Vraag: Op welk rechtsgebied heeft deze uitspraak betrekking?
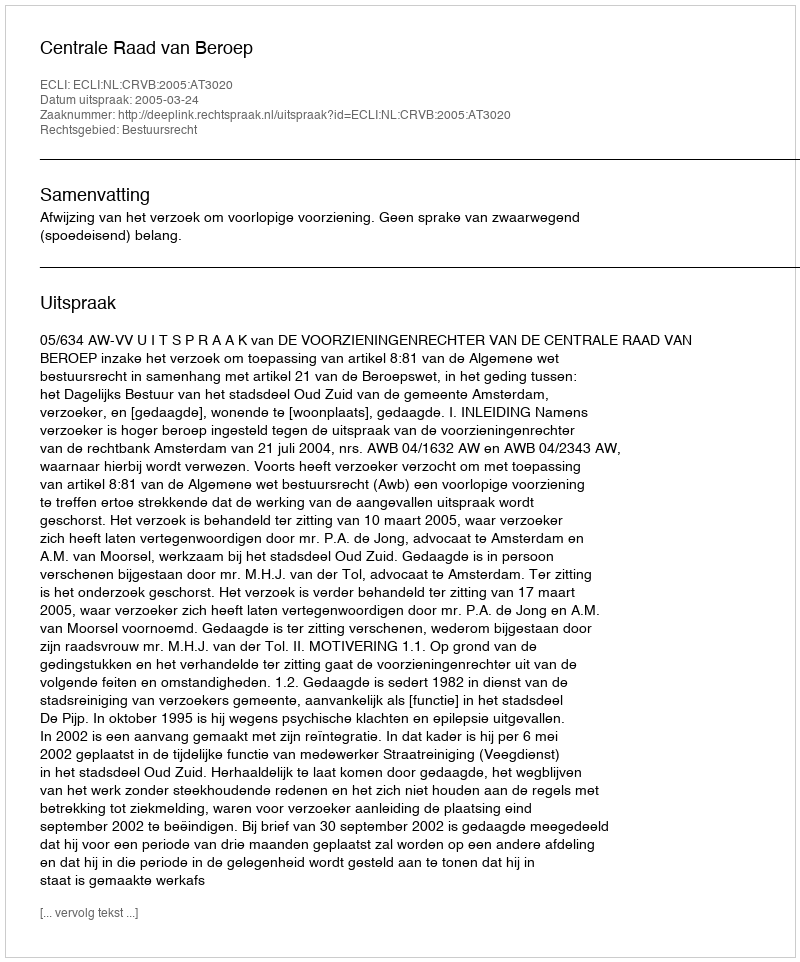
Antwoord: Bestuursrecht